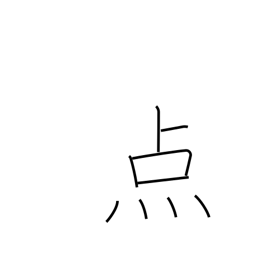
Meaning: spot